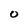
Character: 0